Annual report on the lock hospitals of the Madras Presidency
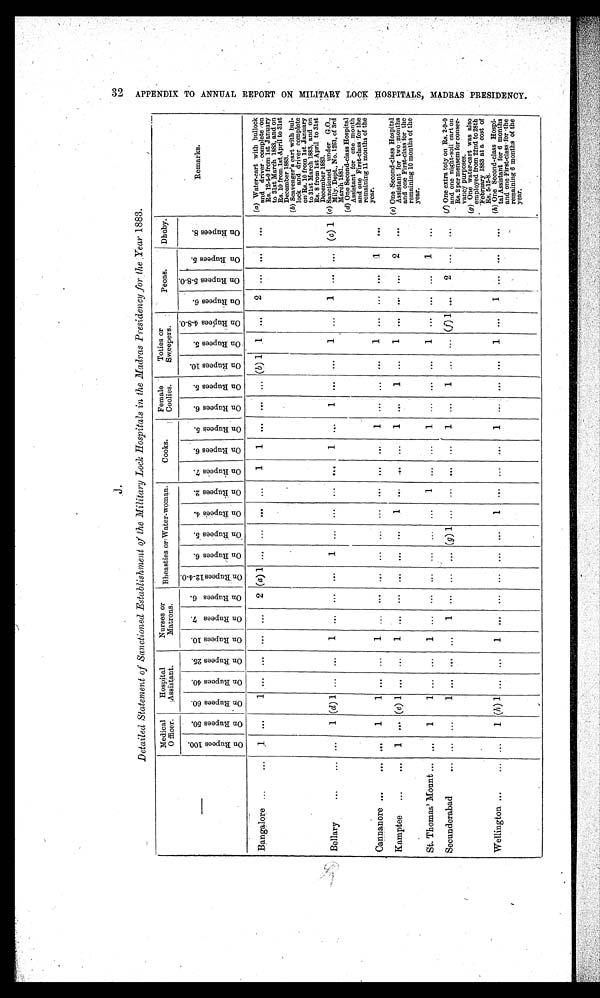
J .
Detailed Statement of Sanctioned Establishment of the Military Lock Hospitals in the Madras Presidency for the Year 1883.
—
Medical
Officer.
Hospital
Assistant.
Nurses or
Matrons. Bheasties or Water-woman.
Cooks.
Female
Coolies.
Toties or
Sweepers.
Peons.
Dhoby.
O n R u p e e s 1 0 0 . O n R u p e e s 5 0 . O n R u p e e s 6 0 . O n R u p e e s 4 0 .
O n R u p e e s 2 5 .
O n R u p e e s 1 0 . O n R u p e e s 7 .
O n R u p e e s 6 .
O n R u p e e s 1 2 - 4 - 0 .
O n R u p e e s 6 . O n R u p e e s 5 .
O n R u p e e s 4 . O n R u p e e s 2 . O n R u p e e s 7 .
O n R u p e e s 6 . O n R u p e e s 5 .
O n R u p e e s 6 .
O n R u p e e s 5 . O n R u p e e s 1 0 . O n R u p e e s 5 .
O n R u p e e s 4 - 8 - 0 .
O n R u p e e s 6 . O n R u p e e s 5 - 8 - 0 .
O n R u p e e s 5 .
O n R u p e e s 8 .
Remarks.
Bangalore ...
...
1
. . .
1 . . .
. . . . . . . . . 2 (a) 1 . . .
. . . . . . . . . 1 1 ...
. . . ... (b) 1 1 . . . 2
. . . . . .
. . . (a) Water-cart with bullock
and driver complete on
Rs. 12-4-0 from 1st January
to 31st March 1883, and on
Rs. 10 from 1st. April to 31st
December 1883.
(b) Scavenger's cart with bul
lock and driver complete
on Rs. 10 from 1st January
to 31st March 1883, and on
Rs. 8 from 1st April to 31st
December 1883.
Bellary
. . . . . .
. . . 1
( d )
1 . . . ... 1 ... ... ... 1
. . . . . . . . . . . . 1
. . .
1 . . .
. . . 1 ... 1 . . . . . . (c) 1 (c) Sanctioned under G.O
., Mily. Dept., No. 1261, of 3rd
March 1881.
Cannanore ...
... . . .
1
1 . . . . . . 1 . . .
. . . ... ... ... . . . . . . ... . . .
1 . . . ... . . . 1 ...
. . . . . .
1
. . .
(d) One Second-class Hospital
Assistant for one month
and one First-class for the
remaining 11 months of the
year.
Kamptee ... ... 1 ... (e) 1 ... ... 1 ...
. . . . . .
. . . ...
1 . . . . . . . . . 1 . . .
1
. . . 1
. . . . . . . . . 2
. . . (e)O n e S e c o n d - c l a s s H o s p i t a l
Assistant for two :months
and one First-class for the
remaining 10 months of the year.
St. Thomas' Mount
... ...
. . . 1
1 ... ... 1
. . . . . . . . .
. . . . . . . . . 1 . . .
. . . 1
. . . . . . . . . 1
. . . . . . ... 1
. . .
Secunderabad
... ...
. . . . . . 1
. . . . . .
. . . 1 ... ...
. . . (g) 1 . . .
. . . . . .
. . .
1
. . . 1 . . .
. . .
(f) 1 . . .
2 . . .
. . . (f)O n e e x t r a t o t y o n R s . 2 - 9 - 0
and one night-soil cart
on Rs. 2 per mensem for conser
vancy purposes.
(g) One water-cart was also
employed from 22nd to 28th
Febrpary 1883 at a cost of
Rs. 5-15-8.
Wellington ...
... . . . 1
( h )
1 ... ...
1
. . . . . .
. . . ... . . .
1
. . .
. . . . . .
1
. . . . . . . . .
1 . . .
. . .
. . . . . .
. . . (h) One Second-class Hospi
tal Assistant for 6 months
and one First-class-for-the
remaining 6 months of the
year.
32